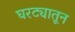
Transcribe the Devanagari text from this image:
घरट्यातून